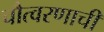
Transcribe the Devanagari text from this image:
चौत्वरणाची